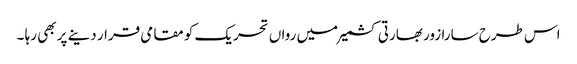
اس طرح سارا زور بھارتی کشمیر میں رواں تحریک کو مقامی قرار دینے پر بھی رہا ۔